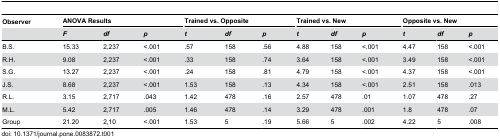
<table><thead><tr><td><b>Observer</b></td><td colspan="3"><b>ANOVA Results</b></td><td colspan="3"><b>Trained vs. Opposite</b></td><td colspan="3"><b>Trained vs. New</b></td><td colspan="3"><b>Opposite vs. New</b></td></tr><tr><td></td><td><b><i>F</i></b></td><td><b><i>df</i></b></td><td><b><i>p</i></b></td><td><b><i>t</i></b></td><td><b><i>df</i></b></td><td><b><i>p</i></b></td><td><b><i>t</i></b></td><td><b><i>df</i></b></td><td><b><i>p</i></b></td><td><b><i>t</i></b></td><td><b><i>df</i></b></td><td><b><i>p</i></b></td></tr></thead><tbody><tr><td>B.S.</td><td>15.33</td><td>2,237</td><td>&lt;.001</td><td>.57</td><td>158</td><td>.56</td><td>4.88</td><td>158</td><td>&lt;.001</td><td>4.47</td><td>158</td><td>&lt;.001</td></tr><tr><td>R.H.</td><td>9.08</td><td>2,237</td><td>&lt;.001</td><td>.33</td><td>158</td><td>.74</td><td>3.64</td><td>158</td><td>&lt;.001</td><td>3.49</td><td>158</td><td>&lt;.001</td></tr><tr><td>S.G.</td><td>13.27</td><td>2,237</td><td>&lt;.001</td><td>.24</td><td>158</td><td>.81</td><td>4.79</td><td>158</td><td>&lt;.001</td><td>4.37</td><td>158</td><td>&lt;.001</td></tr><tr><td>J.S.</td><td>8.68</td><td>2,237</td><td>&lt;.001</td><td>1.53</td><td>158</td><td>.13</td><td>4.34</td><td>158</td><td>&lt;.001</td><td>2.51</td><td>158</td><td>.013</td></tr><tr><td>R.L.</td><td>3.15</td><td>2,717</td><td>.043</td><td>1.42</td><td>478</td><td>.16</td><td>2.57</td><td>478</td><td>.01</td><td>1.07</td><td>478</td><td>.27</td></tr><tr><td>M.L.</td><td>5.42</td><td>2,717</td><td>.005</td><td>1.46</td><td>478</td><td>.14</td><td>3.29</td><td>478</td><td>.001</td><td>1.8</td><td>478</td><td>.07</td></tr><tr><td>Group</td><td>21.20</td><td>2,10</td><td>&lt;.001</td><td>1.53</td><td>5</td><td>.19</td><td>5.66</td><td>5</td><td>.002</td><td>4.22</td><td>5</td><td>.008</td></tr></tbody></table>